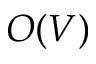
O ( V )